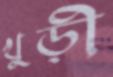
খুড়ী